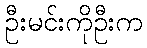
ဦးမင်းကိုဦးက